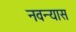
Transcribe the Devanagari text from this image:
नवन्यास